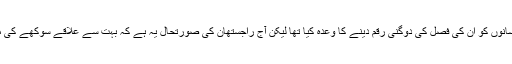
طارق انور نے مزید کہا کہ بھارتیہ جنتا پارٹی نے اقتدار میں آنے سے قبل کسانوں کو ان کی فصل کی دوگنی رقم دینے کا وعدہ کیا تھا لیکن آج راجستھان کی صورتحال یہ ہے کہ بہت سے علاقے سوکھے کی مار جھیل رہے ہیں اور کئی علاقوں میں سوکھے کا اعلان بھی کردیا گیا ہے ۔